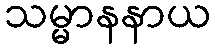
သမ္မာနနာယ